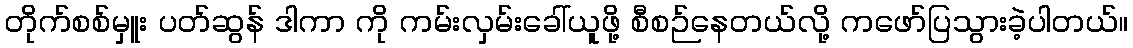
တိုက်စစ်မှူး ပတ်ဆွန် ဒါကာ ကို ကမ်းလှမ်းခေါ်ယူဖို့ စီစဉ်နေတယ်လို့ ကဖော်ပြသွားခဲ့ပါတယ်။